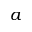
a